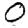
Digit: 0